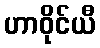
ဟာဝိုင်ယီ